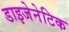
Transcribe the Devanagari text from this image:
डाइजेनेटिक